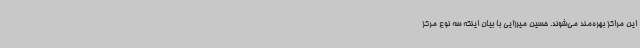
این مراکز بهره‌مند می‌شوند. حسین میرزایی با بیان اینکه سه نوع مرکز